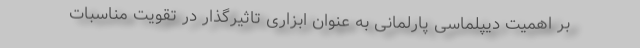
بر اهمیت دیپلماسی پارلمانی به عنوان ابزاری تاثیرگذار در تقویت مناسبات